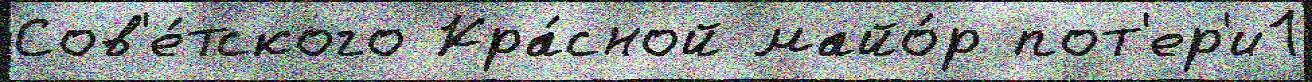
Сов'е́тского Кра́сной майо́р пот'ер'и1